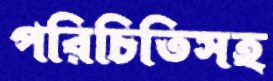
পরিচিতিসহ